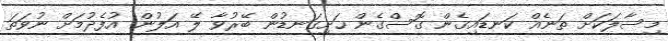
މިސާލަކަށް ތަނެއް ކަނޑައިގެން ގޮސްގެން ހަށިގަނޑުން ބޭރުވާ ލޭ އަލުން އުފެދުމަށް ނުވަތަ